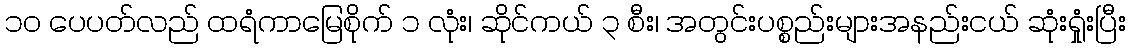
၁၀ ပေပတ်လည် ထရံကာမြေစိုက် ၁ လုံး၊ ဆိုင်ကယ် ၃ စီး၊ အတွင်းပစ္စည်းများအနည်းငယ် ဆုံးရှုံးပြီး